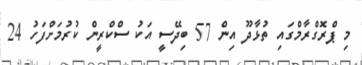
މި ޕްރޮގްރާމްގައި ތުޅާދޫ އިން 57 ބިދޭސީ އަކު ސްކްރީން ކުރުމަށްފަހު 24